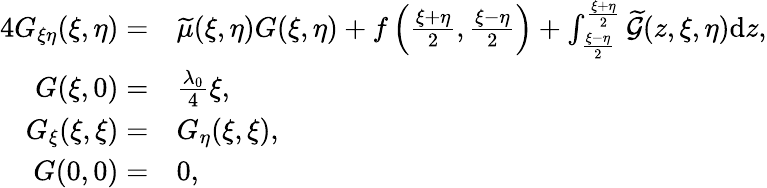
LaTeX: \begin{array}{rl}{4G_{\xi\eta}(\xi,\eta)=}&{{\widetilde{\mu}(\xi,\eta)}G(\xi,\eta)+f\left(\frac{\xi+\eta}{2},\frac{\xi-\eta}{2}\right)+\int_{\frac{\xi-\eta}{2}}^{\frac{\xi+\eta}{2}}\widetilde{\mathcal{G}}(z,\xi,\eta)\mathrm{d}z,}\\ {G(\xi,0)=}&{{\frac{\lambda_{0}}{4}}\xi,}\\ {G_{\xi}(\xi,\xi)=}&{G_{\eta}(\xi,\xi),}\\ {G(0,0)=}&{0,}\end{array}